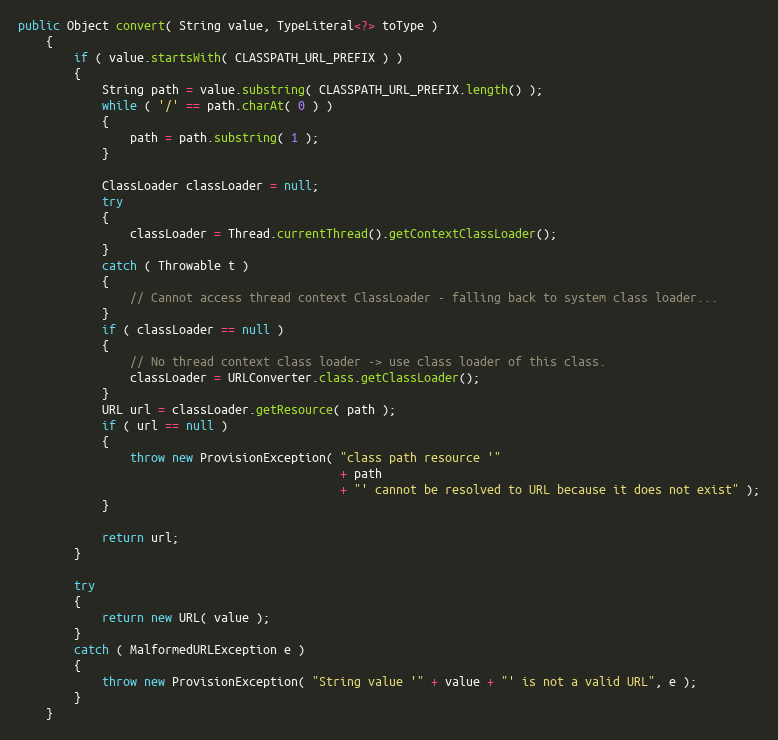
Language: Java
public Object convert( String value, TypeLiteral<?> toType )
    {
        if ( value.startsWith( CLASSPATH_URL_PREFIX ) )
        {
            String path = value.substring( CLASSPATH_URL_PREFIX.length() );
            while ( '/' == path.charAt( 0 ) )
            {
                path = path.substring( 1 );
            }

            ClassLoader classLoader = null;
            try
            {
                classLoader = Thread.currentThread().getContextClassLoader();
            }
            catch ( Throwable t )
            {
                // Cannot access thread context ClassLoader - falling back to system class loader...
            }
            if ( classLoader == null )
            {
                // No thread context class loader -> use class loader of this class.
                classLoader = URLConverter.class.getClassLoader();
            }
            URL url = classLoader.getResource( path );
            if ( url == null )
            {
                throw new ProvisionException( "class path resource '"
                                              + path
                                              + "' cannot be resolved to URL because it does not exist" );
            }

            return url;
        }

        try
        {
            return new URL( value );
        }
        catch ( MalformedURLException e )
        {
            throw new ProvisionException( "String value '" + value + "' is not a valid URL", e );
        }
    }